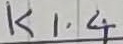
Text: K1.4